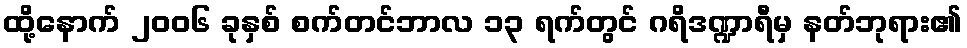
ထို့နောက် ၂၀၀၆ ခုနှစ် စက်တင်ဘာလ ၁၃ ရက်တွင် ဂရိဒဏ္ဍာရီမှ နတ်ဘုရား၏